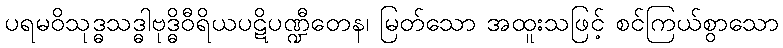
ပရမဝိသုဒ္ဓသဒ္ဓါဗုဒ္ဓိဝီရိယပဋိပဏ္ဍီတေန၊ မြတ်သော အထူးသဖြင့် စင်ကြယ်စွာသော